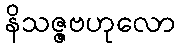
နိသဇ္ဇဗဟုလော